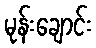
မုန်းချောင်း